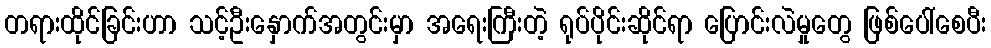
တရားထိုင်ခြင်းဟာ သင့်ဦးနှောက်အတွင်းမှာ အရေးကြီးတဲ့ ရုပ်ပိုင်းဆိုင်ရာ ပြောင်းလဲမှုတွေ ဖြစ်ပေါ်စေပီး